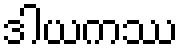
ဒါယကဿ